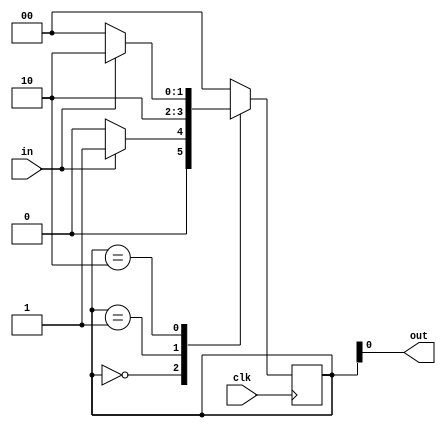
//******************************************************************************
// EE108b MIPS verilog model
//
// one_pulse.v
//
// Generate one-cycle pulse of an input
//
// written by Neil Achtman 8/15/03
//
//******************************************************************************

module one_pulse(clk, in, out);

	input clk, in;
	
	output out;

	reg [1:0] state;

	`define IDLE	2'b00
	`define PULSE	2'b01
	`define WAIT	2'b10

	always @(posedge clk) begin
		case (state)
			
			// wait for input

			`IDLE:	if (in)
						state[1:0] <= `PULSE;
					else
						state[1:0] <= `IDLE;
			
			// generate pulse for one cycle

			`PULSE:	state[1:0] <= `WAIT;

			// wait for input to go low

			`WAIT:	if (~in)
						state[1:0] <= `IDLE;
					else
						state[1:0] <= `WAIT;

			default:	state[1:0] <= `IDLE;

		endcase
	end

	assign out = state[0];	// output asserted only if in PULSE state

endmodule